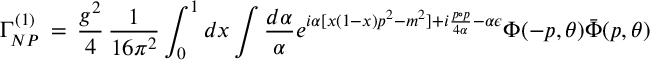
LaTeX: \Gamma _ { N P } ^ { ( 1 ) } \, = \, \frac { g ^ { 2 } } { 4 } \, \frac { 1 } { 1 6 \pi ^ { 2 } } \int _ { 0 } ^ { 1 } d x \int \frac { d \alpha } { \alpha } e ^ { i \alpha [ x ( 1 - x ) p ^ { 2 } - m ^ { 2 } ] + i \frac { p \circ p } { 4 \alpha } - \alpha \epsilon } \Phi ( - p , \theta ) \bar { \Phi } ( p , \theta )